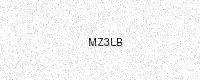
Text: MZ3LB